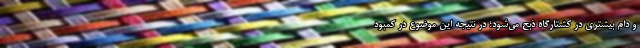
و دام‌ بیشتری در کشتارگاه ذبح می‌شود؛ در نتیجه این موضوع در کمبود